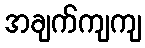
အချက်ကျကျ